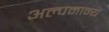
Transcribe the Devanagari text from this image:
अल्पमान्य